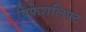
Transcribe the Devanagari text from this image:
प्रिफेशलिफ्ट